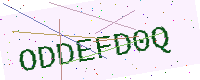
Text: ODDEFD0Q